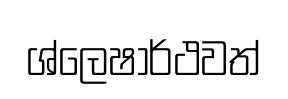
ශ්ලෙෂාර්ථවත්